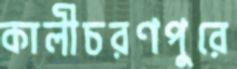
কালীচরণপুরে